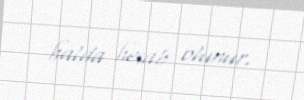
halda hesab olunur.